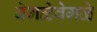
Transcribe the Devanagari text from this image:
वेगळेवेगळे